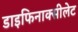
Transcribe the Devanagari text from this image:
डाइफिनाक्सीलेट